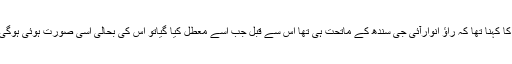
وزیر داخلہ سندھ کا کہنا تھا کہ راؤ انوارآئی جی سندھ کے ماتحت ہی تھا اس سے قبل جب اسے معطل کیا گیاتو اس کی بحالی اسی صورت ہوئی ہوگی وہ بے گناہ ہوگا۔